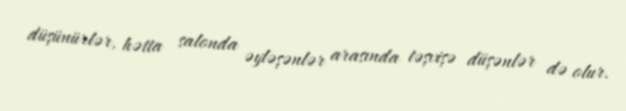
düşünürlər, hətta salonda əyləşənlər arasında təşvişə düşənlər də olur.